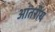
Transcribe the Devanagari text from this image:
आंतरीय